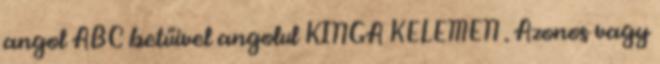
angol ABC betűivel angolul KINGA KELEMEN . Azonos vagy